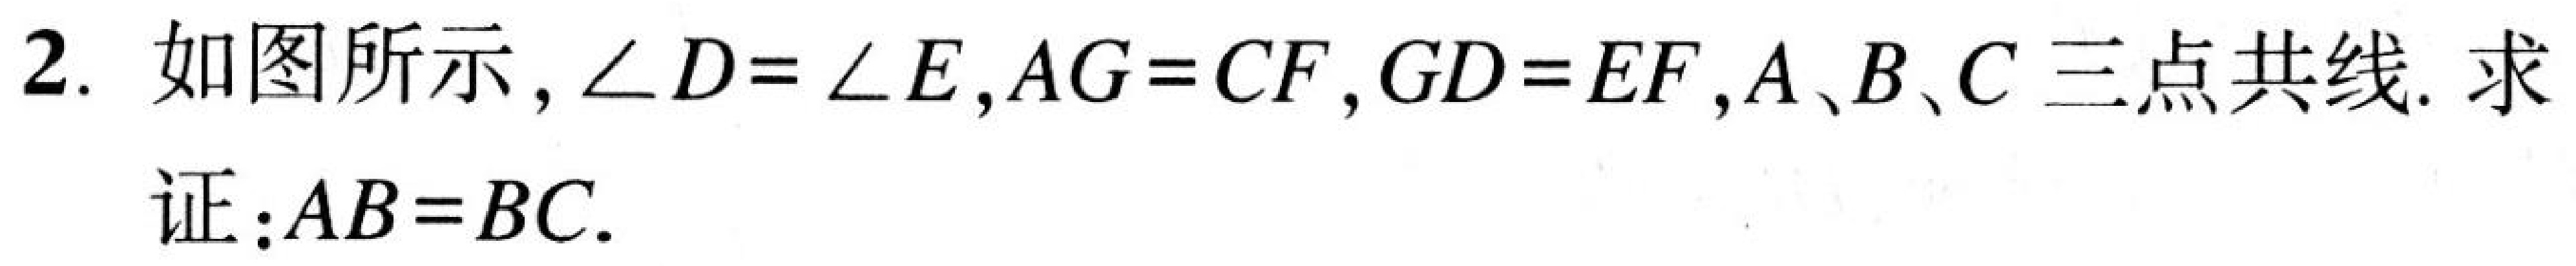
2. 如图所示，$\angle D=\angle E,AG = CF,GD = EF,A、B、C$三点共线. 求
证：$AB = BC.$